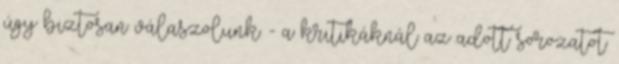
úgy biztosan válaszolunk. - a kritikáknál az adott sorozatot